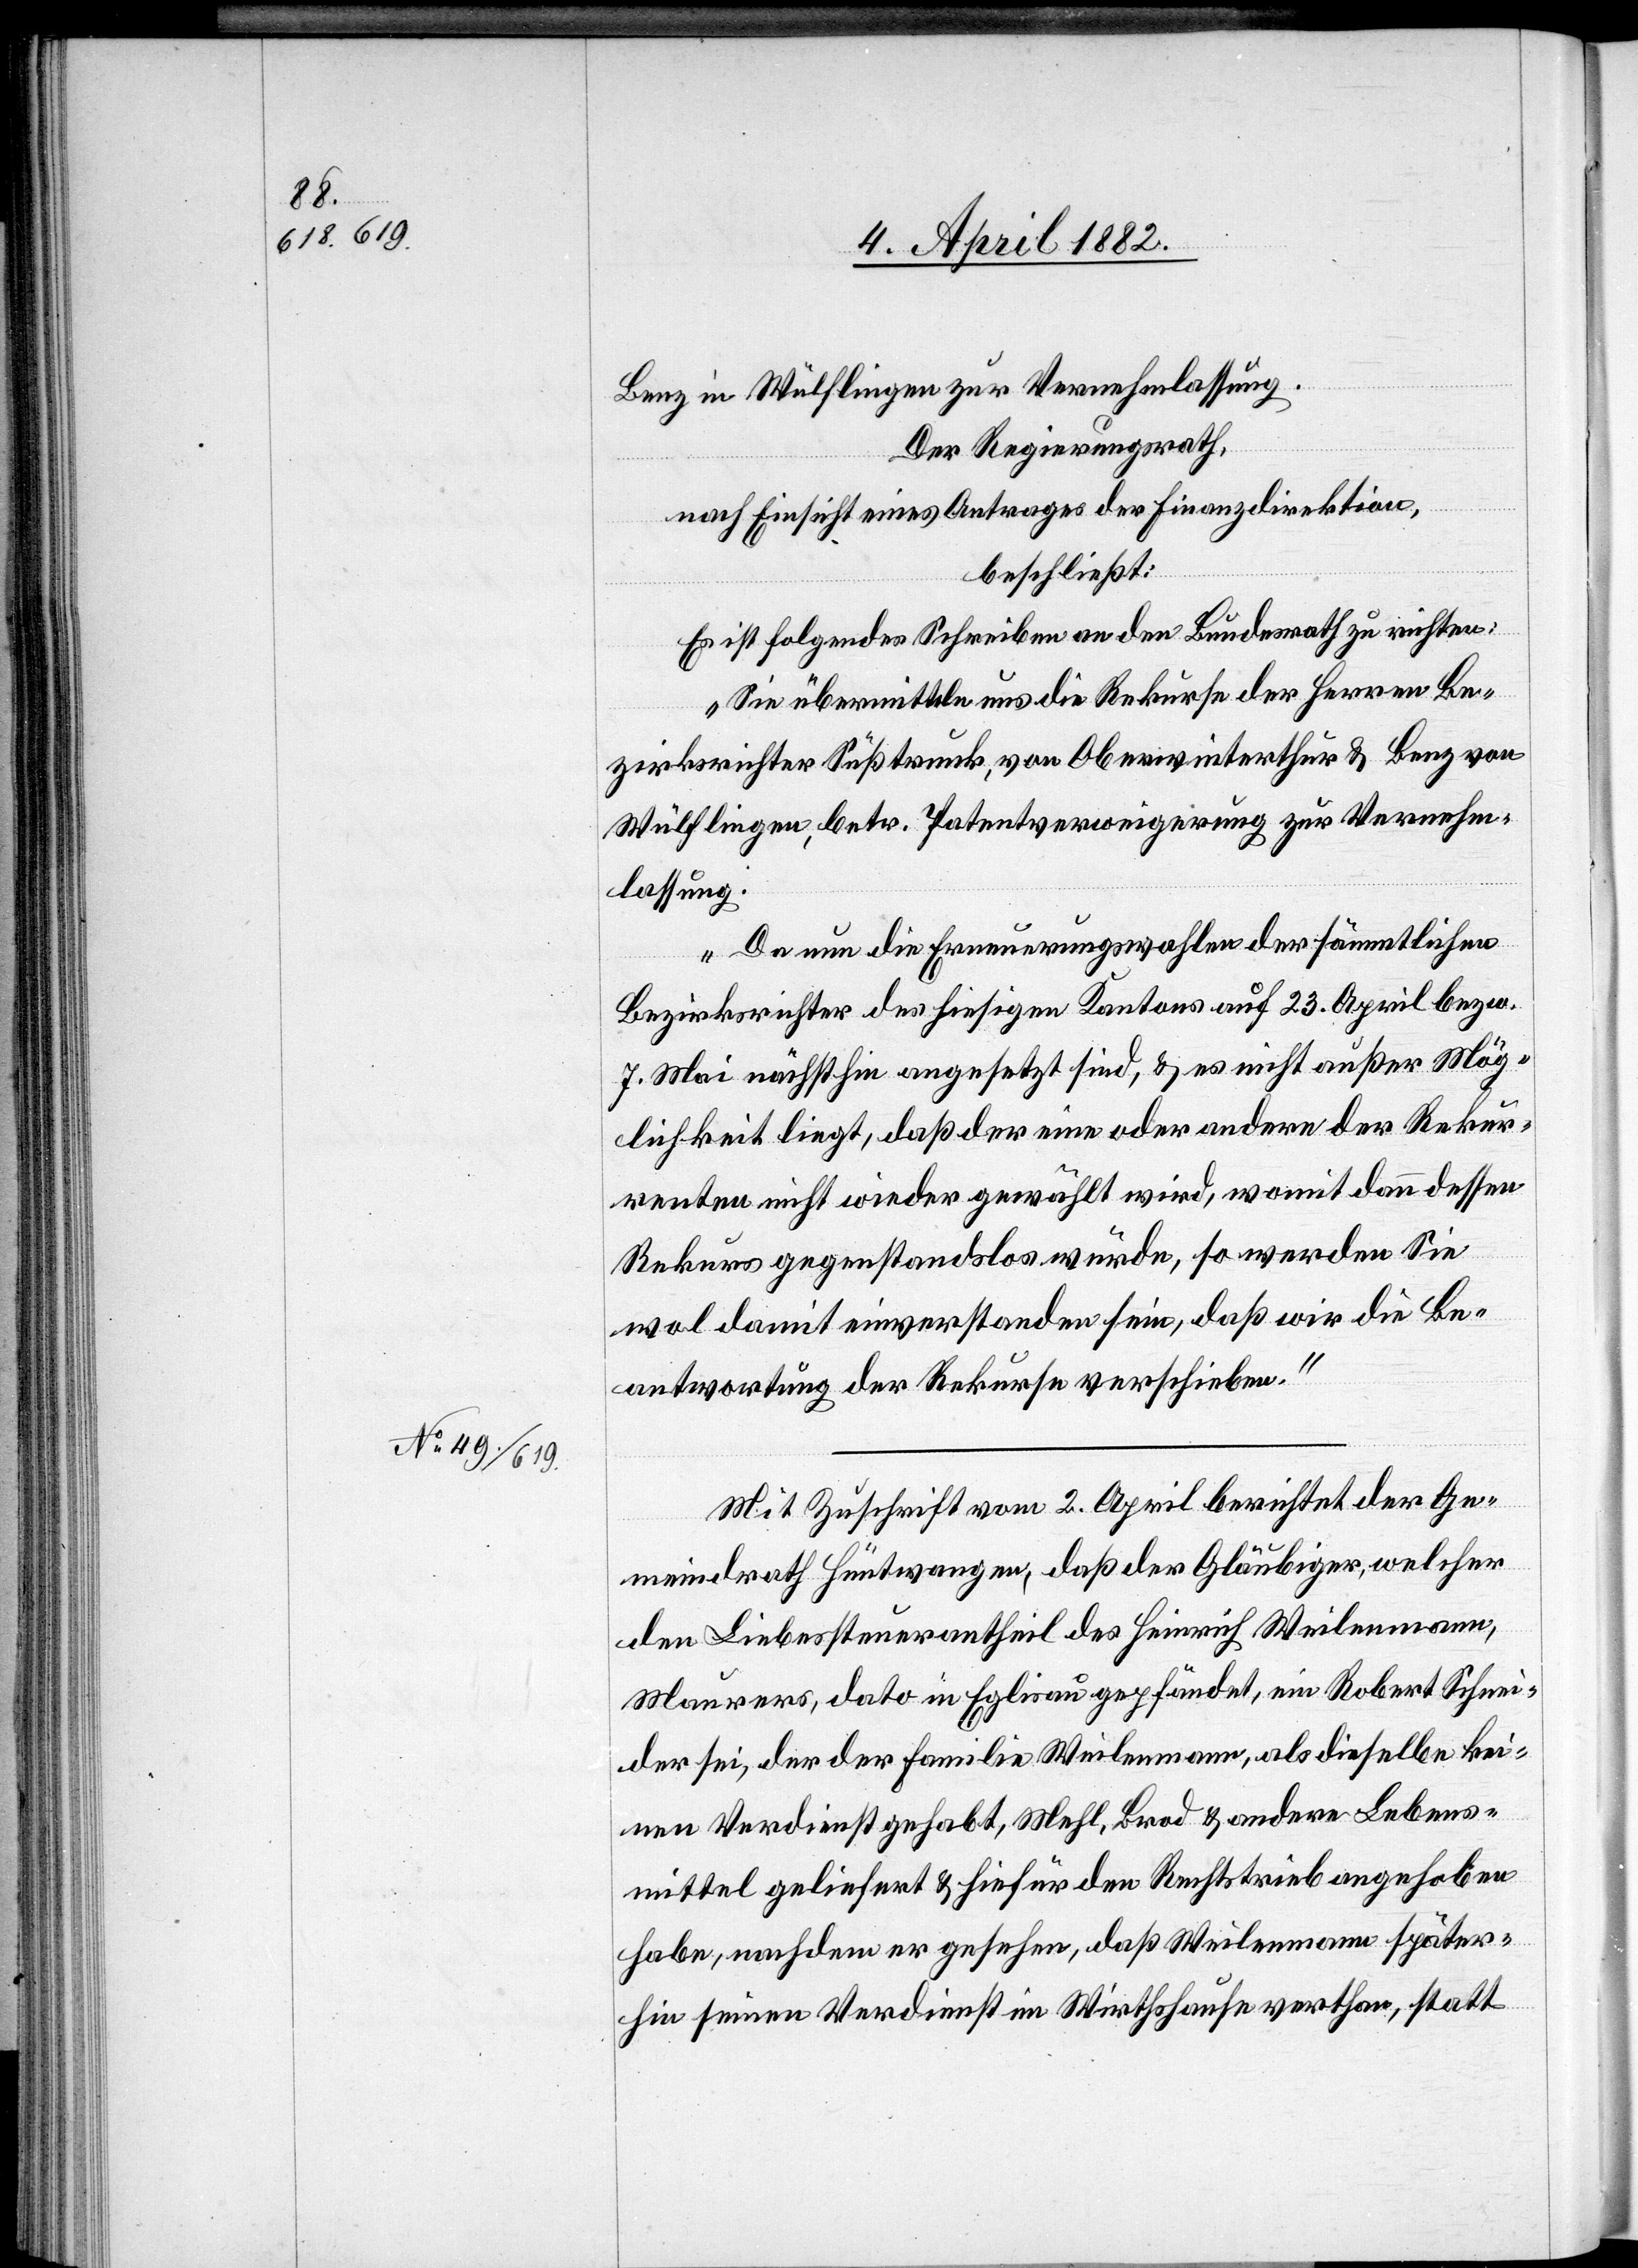
Benz in Wülflingen zur Vernehmlassung.
Der Regierungsrath,
nach Einsicht eines Antrages der Finanzdirektion,
beschließt:
Es ist folgendes Schreiben an den Bundesrath zu richten:
„Sie übermitteln uns die Rekurse der Herren Be¬
zirksrichter Süßtrunk, von Oberwinterthur & Benz von
Wülflingen, betr. Patentverweigerung zur Vernehm¬
lassung.
Da nun die Erneuerungswahlen der sämmtlichen
Bezirksrichter des hiesigen Kantons auf 23. April bezw.
7. Mai nächsthin angesetzt sind, & es nicht außer Mög¬
lichkeit liegt, daß der eine oder andere der Rekur¬
renten nicht wieder gewählt wird, womit dann dessen
Rekurs gegenstandslos würde, so werden Sie
wol damit einverstanden sein, daß wir die Be¬
antwortung der Rekurse verschieben.“
Mit Zuschrift vom 2. April berichtet der Ge¬
meindrath Hüntwangen, daß der Gläubiger, welcher
den Liebessteuerantheil des Heinrich Weilenmann,
Maurers, dato in Eglisau gepfändet, ein Robert Schnei¬
der sei, der der Familie Weilenmann, als dieselbe kei¬
nen Verdienst gehabt, Mehl, Brod & andere Lebens¬
mittel geliefert & hiefür den Rechtstrieb angehoben
habe, nachdem er gesehen, daß Weilenmann später¬
hin seinen Verdienst im Wirthshause verthan, statt